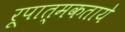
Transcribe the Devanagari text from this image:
रूपात्मकताये